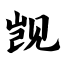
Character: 觊